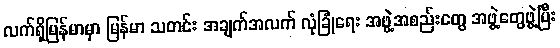
လက်ရှိမြန်မာမှာ မြန်မာ သတင်း အချက်အလက် လုံခြုံရေး အဖွဲ့အစည်းတွေ အဖွဲ့တွေဖွဲ့ပြီး